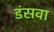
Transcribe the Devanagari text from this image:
डंसवा